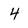
Character: 4